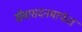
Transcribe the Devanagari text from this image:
सेवासदनमार्फत